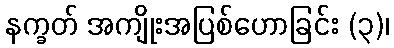
နက္ခတ် အကျိုးအပြစ်ဟောခြင်း (၃)၊